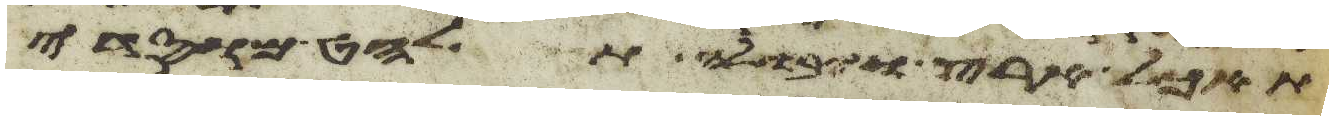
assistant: תאכל ארץ ויבולה תלחט מוסדי